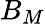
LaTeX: B_{M}